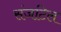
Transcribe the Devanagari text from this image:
संजटिल